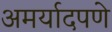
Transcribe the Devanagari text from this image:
अमर्यादपणे